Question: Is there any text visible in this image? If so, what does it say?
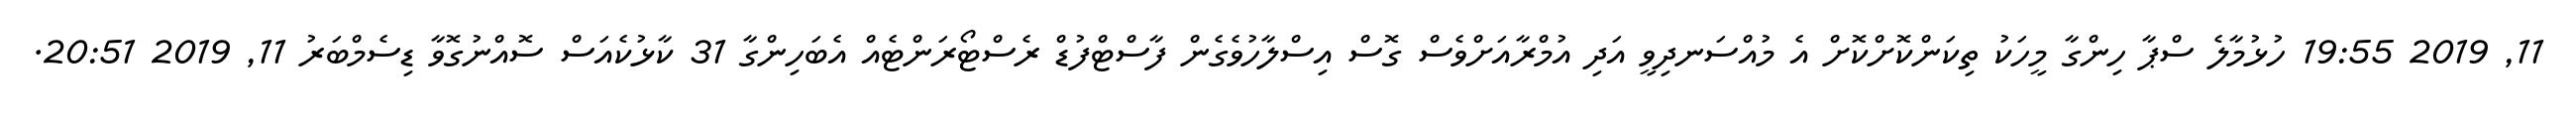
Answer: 11, 2019 19:55 ހުޅުމާލެ ސްޕާ ހިންގާ މީހަކު ތިކަންކޮށްކޮށް އެ މުއްސަނދިވީ އަދި އުމްރާއަށްވެސް ގޮސް އިސްލާހުވެގެން ފާސްޓްފުޑް ރެސްޓޯރަންޓެއް އެބަހިންގާ 31 ކާޅުކެއަސް ސޮއްނުގޮވާ ޑިސެމްބަރު 11, 2019 20:51.